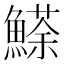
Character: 𩻓